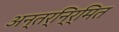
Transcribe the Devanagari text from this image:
अन्तर्नि्र्मित